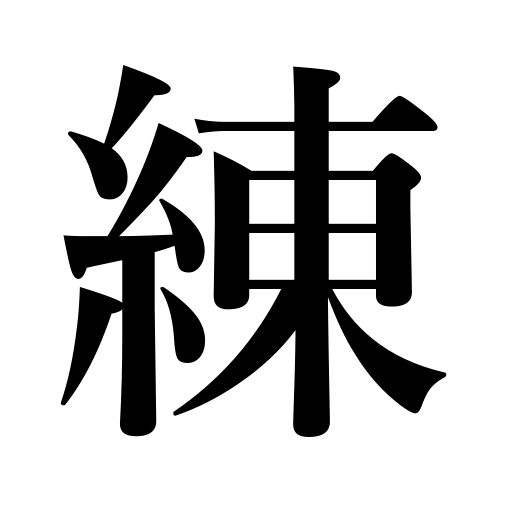
Meanings: train,drill,refine,soften,gloss,polish